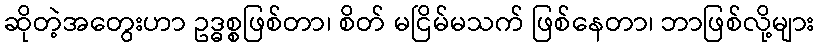
ဆိုတဲ့အတွေးဟာ ဥဒ္ဓစ္စဖြစ်တာ၊ စိတ် မငြိမ်မသက် ဖြစ်နေတာ၊ ဘာဖြစ်လို့များ